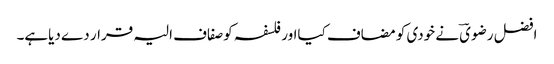
افضل رضویؔ نے خودی کو مضاف کیااور فلسفہ کوصفاف الیہ قرار دے دیاہے۔